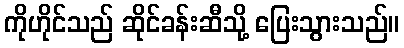
ကိုဟိုင်သည် ဆိုင်ခန်းဆီသို့ ပြေးသွားသည်။